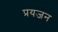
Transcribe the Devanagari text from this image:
प्रयजन